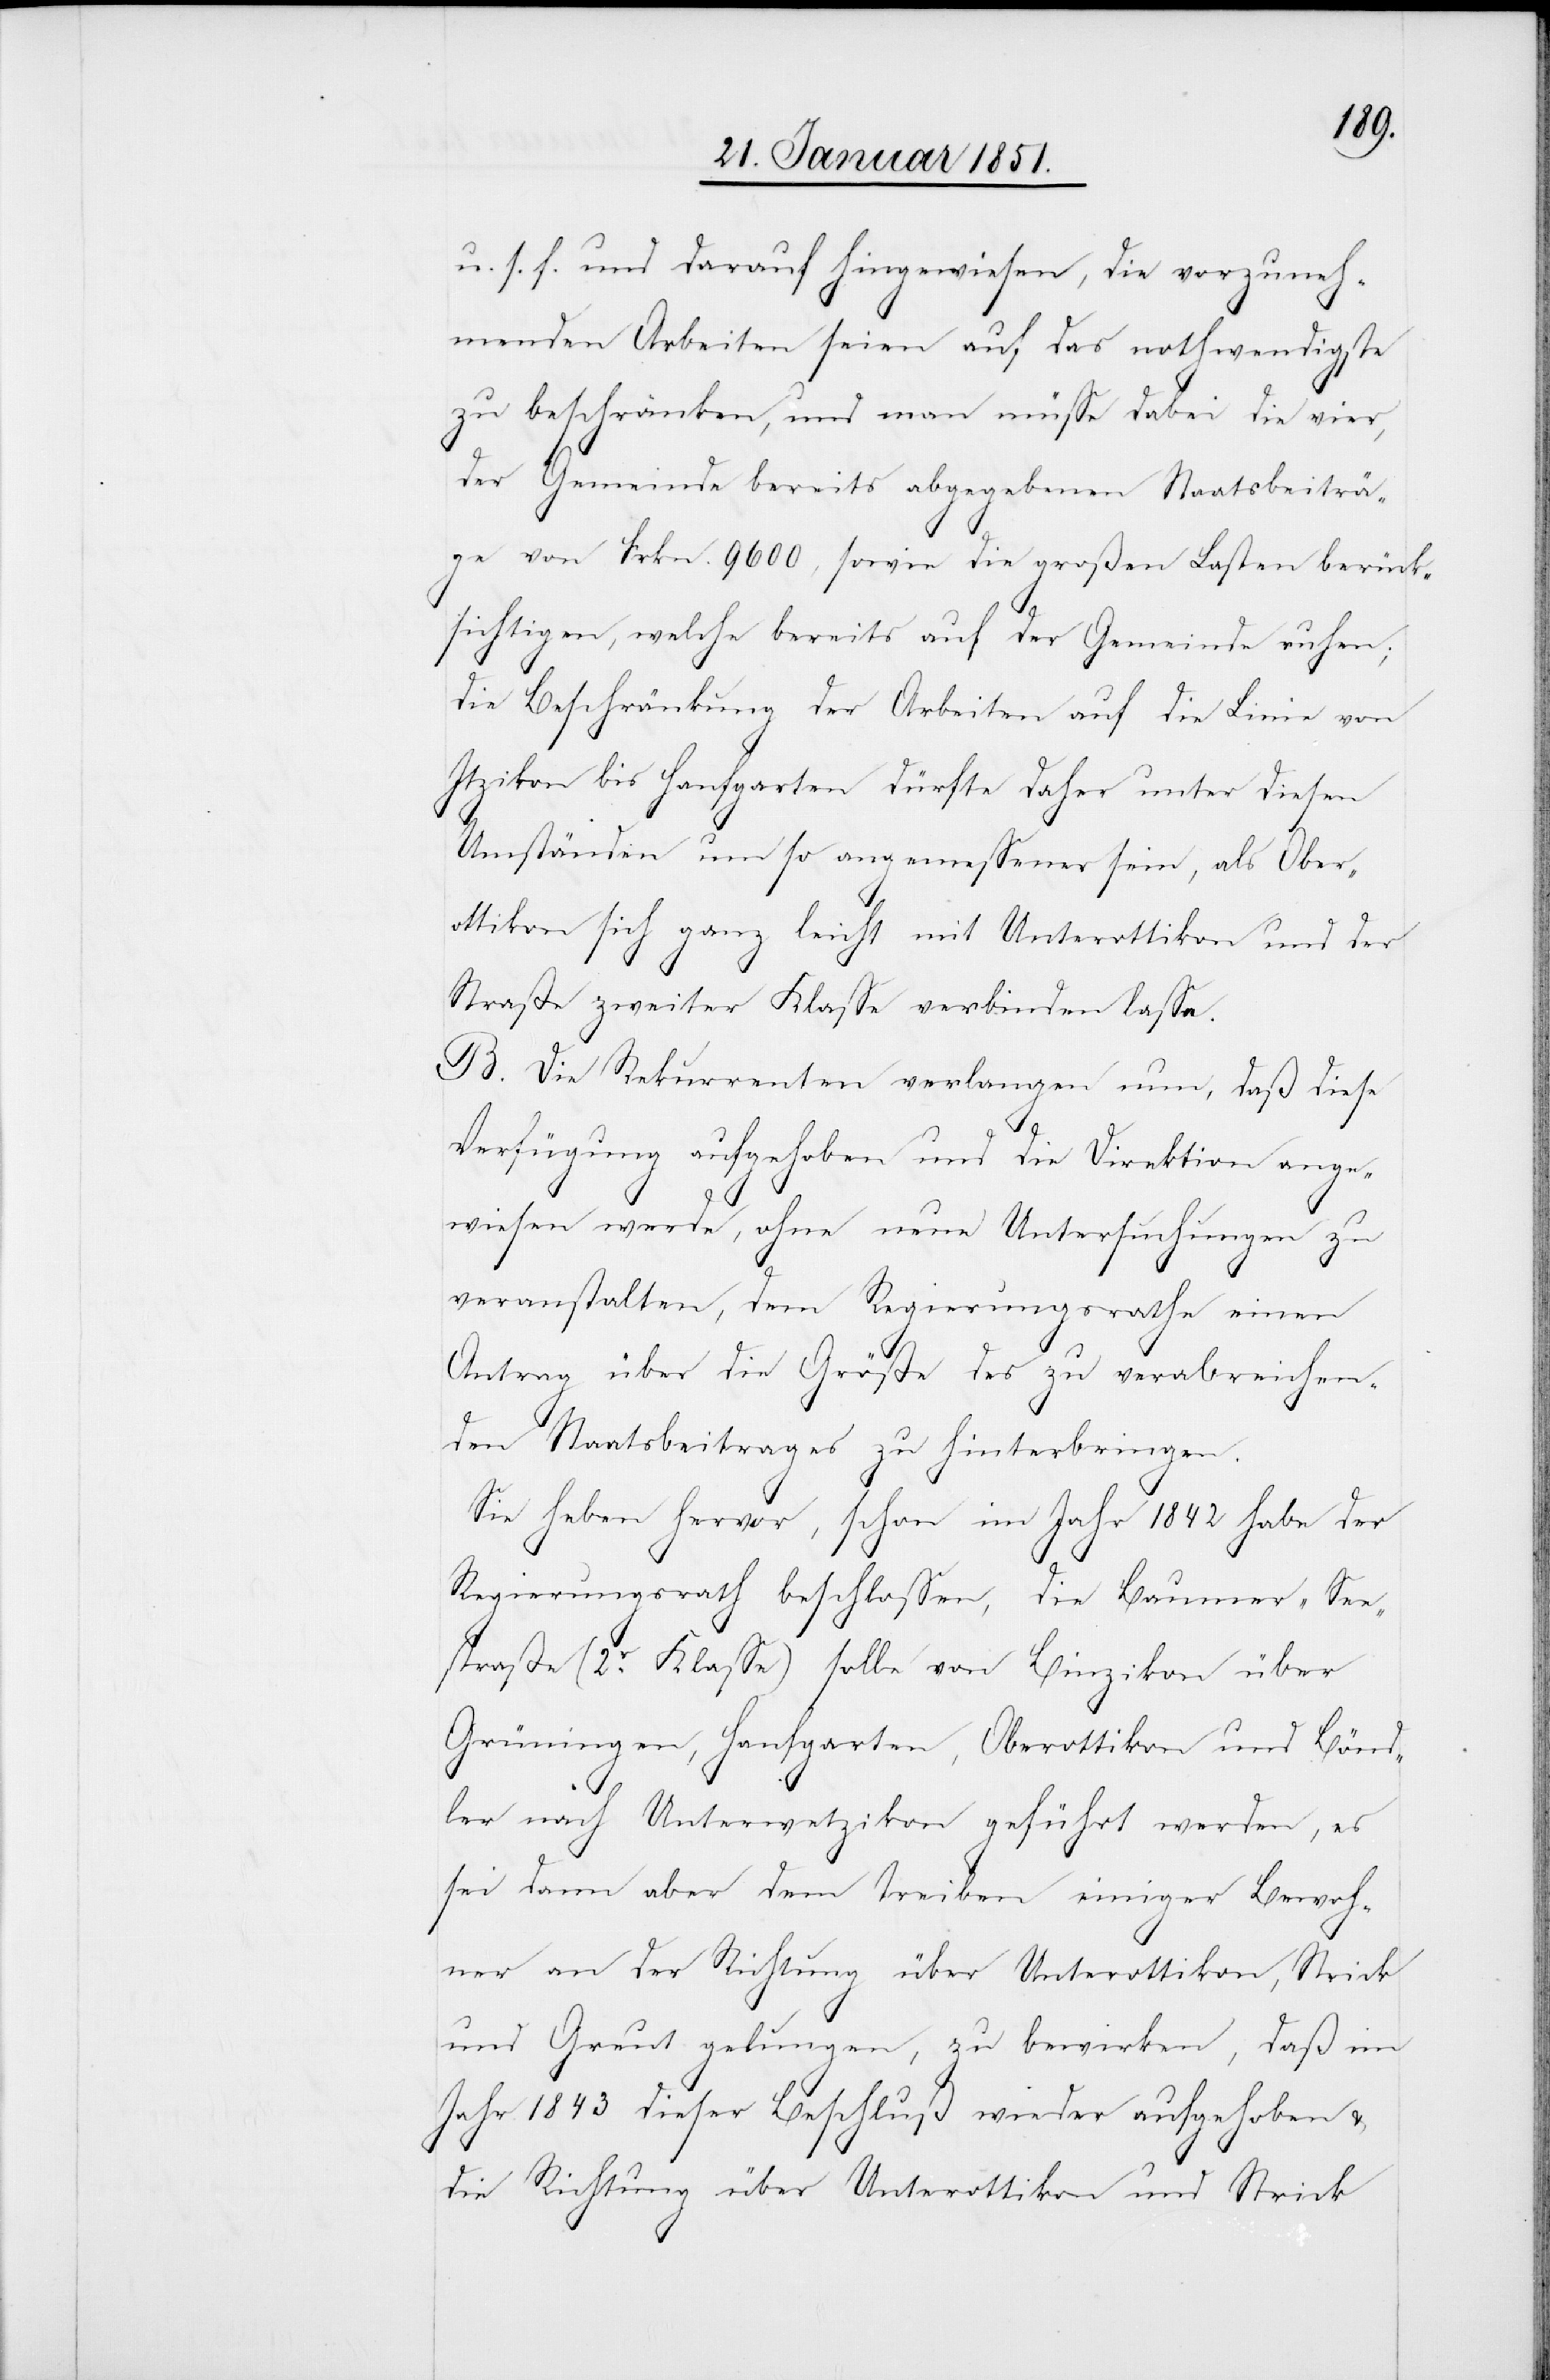
u. s. f. und darauf hingewiesen, die vorzuneh¬
menden Arbeiten seien auf das nothwendigste
zu beschränken, und man müsse dabei die vier,
der Gemeinde bereits abgegebenen Staatsbeiträ¬
ge von Frkn. 9600, sowie die großen Lasten berück¬
sichtigen, welche bereits auf der Gemeinde ruhen;
die Beschränkung der Arbeiten auf die Linie von
Itzikon bis Hanfgarten dürfte daher unter diesen
Umständen um so angemessener sein, als Ober¬
ottikon sich ganz leicht mit Unterottikon und der
Straße zweiter Klasse verbinden lasse.
B. Die Rekurrenten verlangen nun, daß diese
Verfügung aufgehoben und die Direktion ange¬
wiesen werde, ohne neue Untersuchungen zu
veranstalten, dem Regierungsrathe einen
Antrag über die Größe des zu verabreichen¬
den Staatsbeitrages zu hinterbringen.
Sie heben hervor, schon im Jahr 1842 habe der
Regierungsrath beschlossen, die Baumer-See¬
straße (2r. Klasse) solle von Binzikon über
Grüningen, Hanfgarten, Oberottikon und Bönd¬
ler nach Unterwetzikon geführt werden, es
sei dann aber dem Treiben einiger Bewoh¬
ner an der Richtung über Unterottikon, Strick
und Greut gelungen, zu bewirken, daß im
Jahr 1843 dieser Beschluß wieder aufgehoben &
die Richtung über Unterottikon und Strick